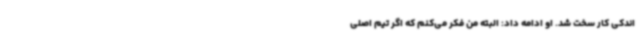
اندکی کار سخت شد. او ادامه داد: البته من فکر می‌کنم که اگر تیم اصلی